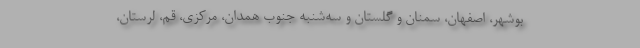
بوشهر، اصفهان، سمنان و گلستان و سه‌شنبه جنوب همدان، مرکزی، قم، لرستان،